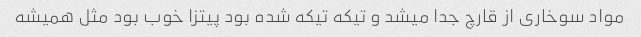
مواد سوخاری از قارچ جدا میشد و تیکه تیکه شده بود پیتزا خوب بود مثل همیشه